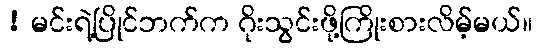
! မင်းရဲ့ပြိုင်ဘက်က ဂိုးသွင်းဖို့ကြိုးစားလိမ့်မယ်။